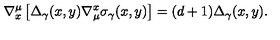
\nabla _ { x } ^ { \mu } \left[ \Delta _ { \gamma } ( x , y ) \nabla _ { \mu } ^ { x } \sigma _ { \gamma } ( x , y ) \right] = ( d + 1 ) \Delta _ { \gamma } ( x , y ) .